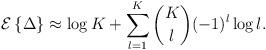
LaTeX: \begin{align*}\mathcal{E}\left\{\Delta\right\} \approx \log K + \sum^{K}_{l=1}{K \choose l}(-1)^l \log l .\end{align*}